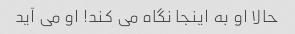
حالا او به اینجا نگاه می کند! او می آید